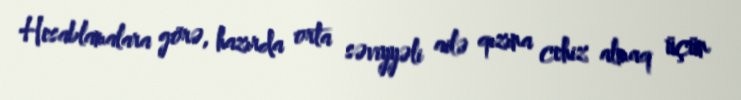
Hesablamalara görə, hazırda orta səviyyəli ailə qızına cehiz almaq üçün